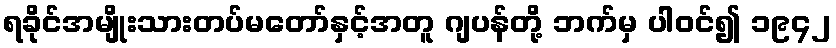
ရခိုင်အမျိုးသားတပ်မတော်နှင့်အတူ ဂျပန်တို့ ဘက်မှ ပါဝင်၍ ၁၉၄၂